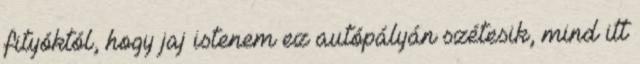
fityóktól, hogy jaj istenem ez autópályán szétesik, mind itt